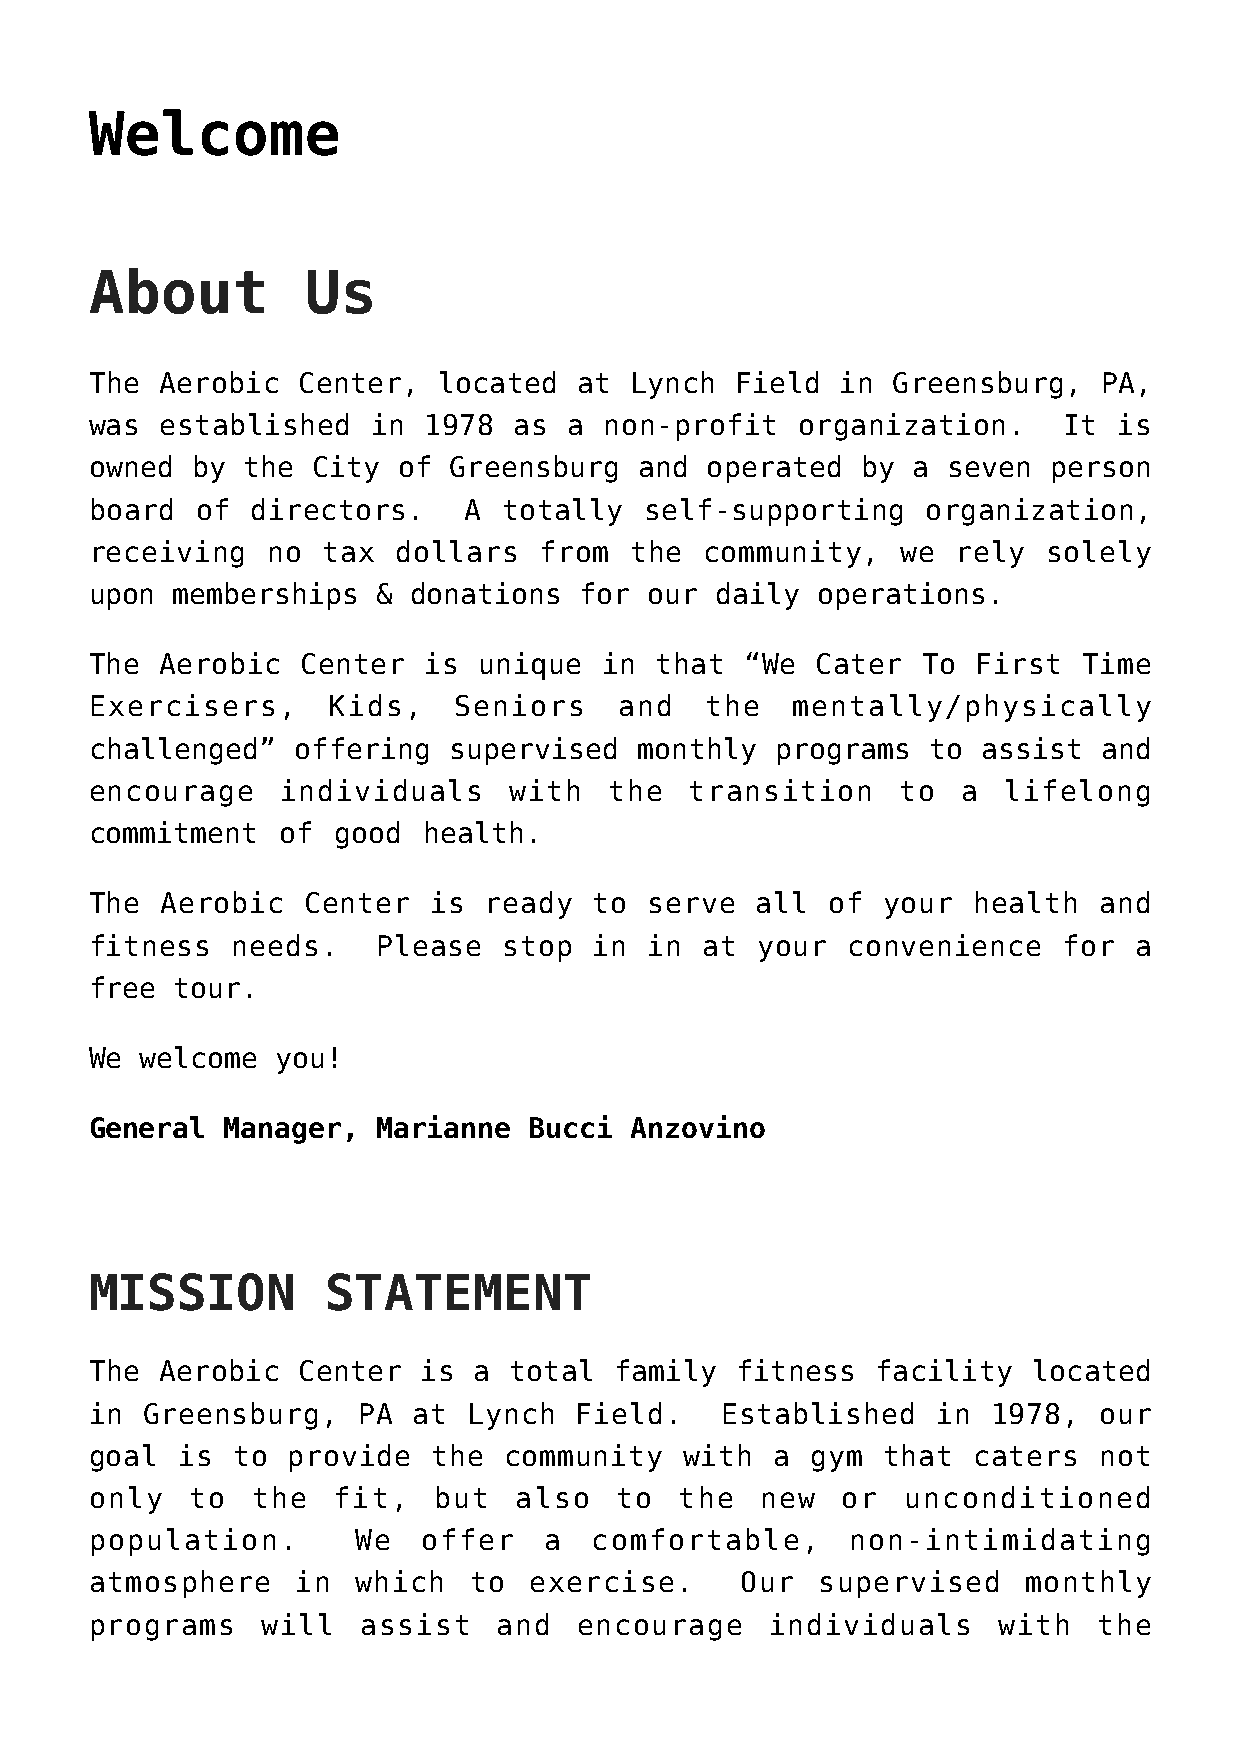
Welcome
 About         Us
 The  Aerobic  Center,  located  at  Lynch  Field  in Greensburg,   PA,
 was  established   in 1978  as  a non-profit   organization.    It  is
 owned  by the  City of  Greensburg  and  operated  by a  seven person
 board  of  directors.    A totally   self-supporting   organization,
 receiving   no tax  dollars   from  the  community,   we rely  solely
 upon memberships   & donations  for  our daily  operations.
 The  Aerobic  Center  is  unique  in that  “We  Cater  To  First  Time
 Exercisers,     Kids,   Seniors    and   the  mentally/physically
 challenged”  offering   supervised  monthly  programs  to  assist  and
 encourage    individuals    with  the   transition    to  a lifelong
 commitment  of  good  health.
 The  Aerobic  Center  is  ready  to  serve  all  of your  health   and
 fitness  needs.    Please  stop  in  in  at your  convenience   for  a
 free tour.
 We welcome  you!
 General  Manager,  Marianne  Bucci  Anzovino
 MISSION         STATEMENT
 The  Aerobic  Center  is a  total  family  fitness  facility  located
 in  Greensburg,   PA at  Lynch  Field.    Established   in  1978,  our
 goal  is to  provide   the community   with  a  gym that  caters   not
 only   to  the  fit,   but  also   to  the  new   or  unconditioned
 population.      We   offer   a  comfortable,     non-intimidating
 atmosphere    in which   to  exercise.     Our  supervised    monthly
 programs   will   assist   and  encourage    individuals    with   the